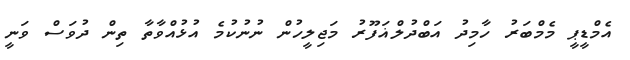
އެމްޑީޕީ މެމްބަރު ހާމިދު އަބްދުލްޣަފޫރު މަޖިލީހުން ނުނުކުމެ އުޅުއްވާތާ ތިން ދުވަސް ވަނީ